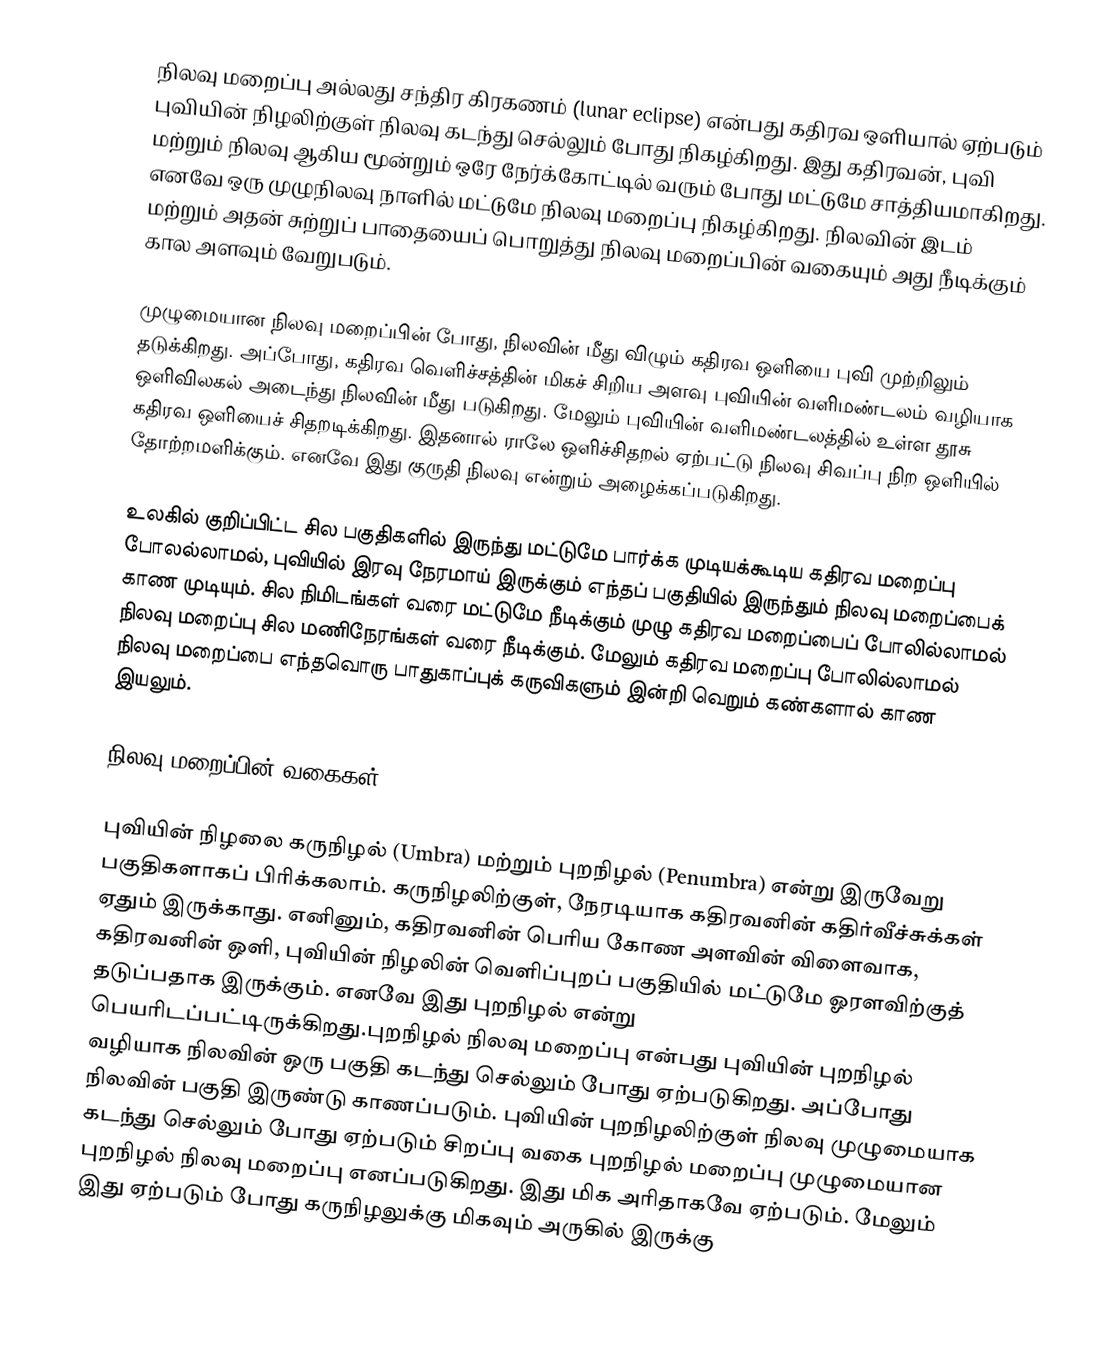
நிலவு மறைப்பு அல்லது சந்திர கிரகணம் (lunar eclipse) என்பது கதிரவ ஒளியால் ஏற்படும் புவியின் நிழலிற்குள் நிலவு கடந்து செல்லும் போது  நிகழ்கிறது. இது கதிரவன், புவி மற்றும் நிலவு ஆகிய மூன்றும் ஒரே நேர்க்கோட்டில் வரும் போது மட்டுமே சாத்தியமாகிறது. எனவே ஒரு  முழுநிலவு நாளில் மட்டுமே நிலவு மறைப்பு நிகழ்கிறது. நிலவின் இடம் மற்றும் அதன் சுற்றுப் பாதையைப் பொறுத்து நிலவு மறைப்பின் வகையும் அது நீடிக்கும் கால அளவும் வேறுபடும்.

முழுமையான நிலவு மறைப்பின் போது, நிலவின் மீது விழும் கதிரவ ஒளியை புவி முற்றிலும் தடுக்கிறது. அப்போது, கதிரவ வெளிச்சத்தின் மிகச் சிறிய அளவு புவியின் வளிமண்டலம் வழியாக ஒளிவிலகல் அடைந்து நிலவின் மீது படுகிறது. மேலும் புவியின் வளிமண்டலத்தில் உள்ள தூசு கதிரவ ஒளியைச் சிதறடிக்கிறது. இதனால் ராலே ஒளிச்சிதறல் ஏற்பட்டு நிலவு சிவப்பு நிற ஒளியில் தோற்றமளிக்கும். எனவே இது குருதி நிலவு என்றும் அழைக்கப்படுகிறது.

உலகில் குறிப்பிட்ட சில பகுதிகளில் இருந்து மட்டுமே பார்க்க முடியக்கூடிய கதிரவ மறைப்பு போலல்லாமல், புவியில் இரவு நேரமாய் இருக்கும் எந்தப் பகுதியில் இருந்தும் நிலவு மறைப்பைக் காண முடியும். சில நிமிடங்கள் வரை மட்டுமே நீடிக்கும் முழு கதிரவ மறைப்பைப் போலில்லாமல் நிலவு மறைப்பு சில மணிநேரங்கள் வரை நீடிக்கும். மேலும் கதிரவ மறைப்பு போலில்லாமல் நிலவு மறைப்பை எந்தவொரு பாதுகாப்புக் கருவிகளும் இன்றி வெறும் கண்களால் காண இயலும்.

நிலவு மறைப்பின் வகைகள்

புவியின் நிழலை கருநிழல் (Umbra) மற்றும் புறநிழல் (Penumbra) என்று இருவேறு பகுதிகளாகப் பிரிக்கலாம். கருநிழலிற்குள், நேரடியாக கதிரவனின் கதிர்வீச்சுக்கள் ஏதும் இருக்காது. எனினும், கதிரவனின் பெரிய கோண அளவின் விளைவாக, கதிரவனின் ஒளி, புவியின் நிழலின் வெளிப்புறப் பகுதியில் மட்டுமே ஓரளவிற்குத் தடுப்பதாக இருக்கும். எனவே இது புறநிழல் என்று பெயரிடப்பட்டிருக்கிறது.புறநிழல் நிலவு மறைப்பு என்பது புவியின் புறநிழல் வழியாக நிலவின் ஒரு பகுதி கடந்து செல்லும் போது ஏற்படுகிறது. அப்போது நிலவின் பகுதி இருண்டு காணப்படும். புவியின் புறநிழலிற்குள் நிலவு முழுமையாக கடந்து செல்லும் போது ஏற்படும் சிறப்பு வகை புறநிழல் மறைப்பு முழுமையான புறநிழல் நிலவு மறைப்பு எனப்படுகிறது. இது மிக அரிதாகவே ஏற்படும். மேலும் இது ஏற்படும் போது கருநிழலுக்கு மிகவும் அருகில் இருக்கு